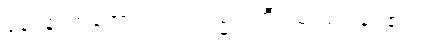
ပုနပ္ပနံ၊ တအော်လဲလဲ။ သမ္မသတီ၊ သုံးသပ်ခြင်၏။